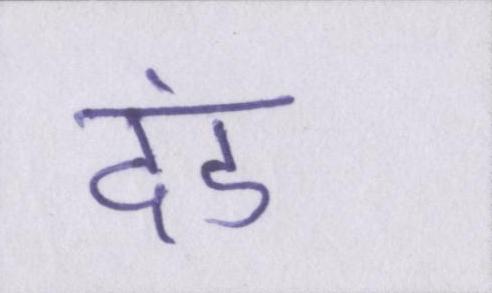
दंड